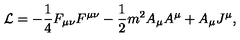
{ \cal L } = - \frac { 1 } { 4 } F _ { \mu \nu } F ^ { \mu \nu } - \frac { 1 } { 2 } m ^ { 2 } A _ { \mu } A ^ { \mu } + A _ { \mu } J ^ { \mu } ,